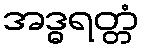
အဒ္ဓရတ္တံ